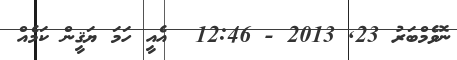
ނޮވެމްބަރު 23